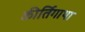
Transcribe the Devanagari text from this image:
कीर्तिगाथा